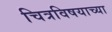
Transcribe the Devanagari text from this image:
चित्रविषयाच्या